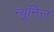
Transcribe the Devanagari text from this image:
न्यूनिज